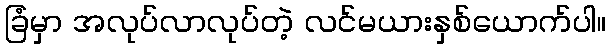
ခြံမှာ အလုပ်လာလုပ်တဲ့ လင်မယားနှစ်ယောက်ပါ။